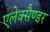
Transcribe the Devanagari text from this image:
एलेक्सैण्डर